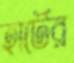
হার্টের